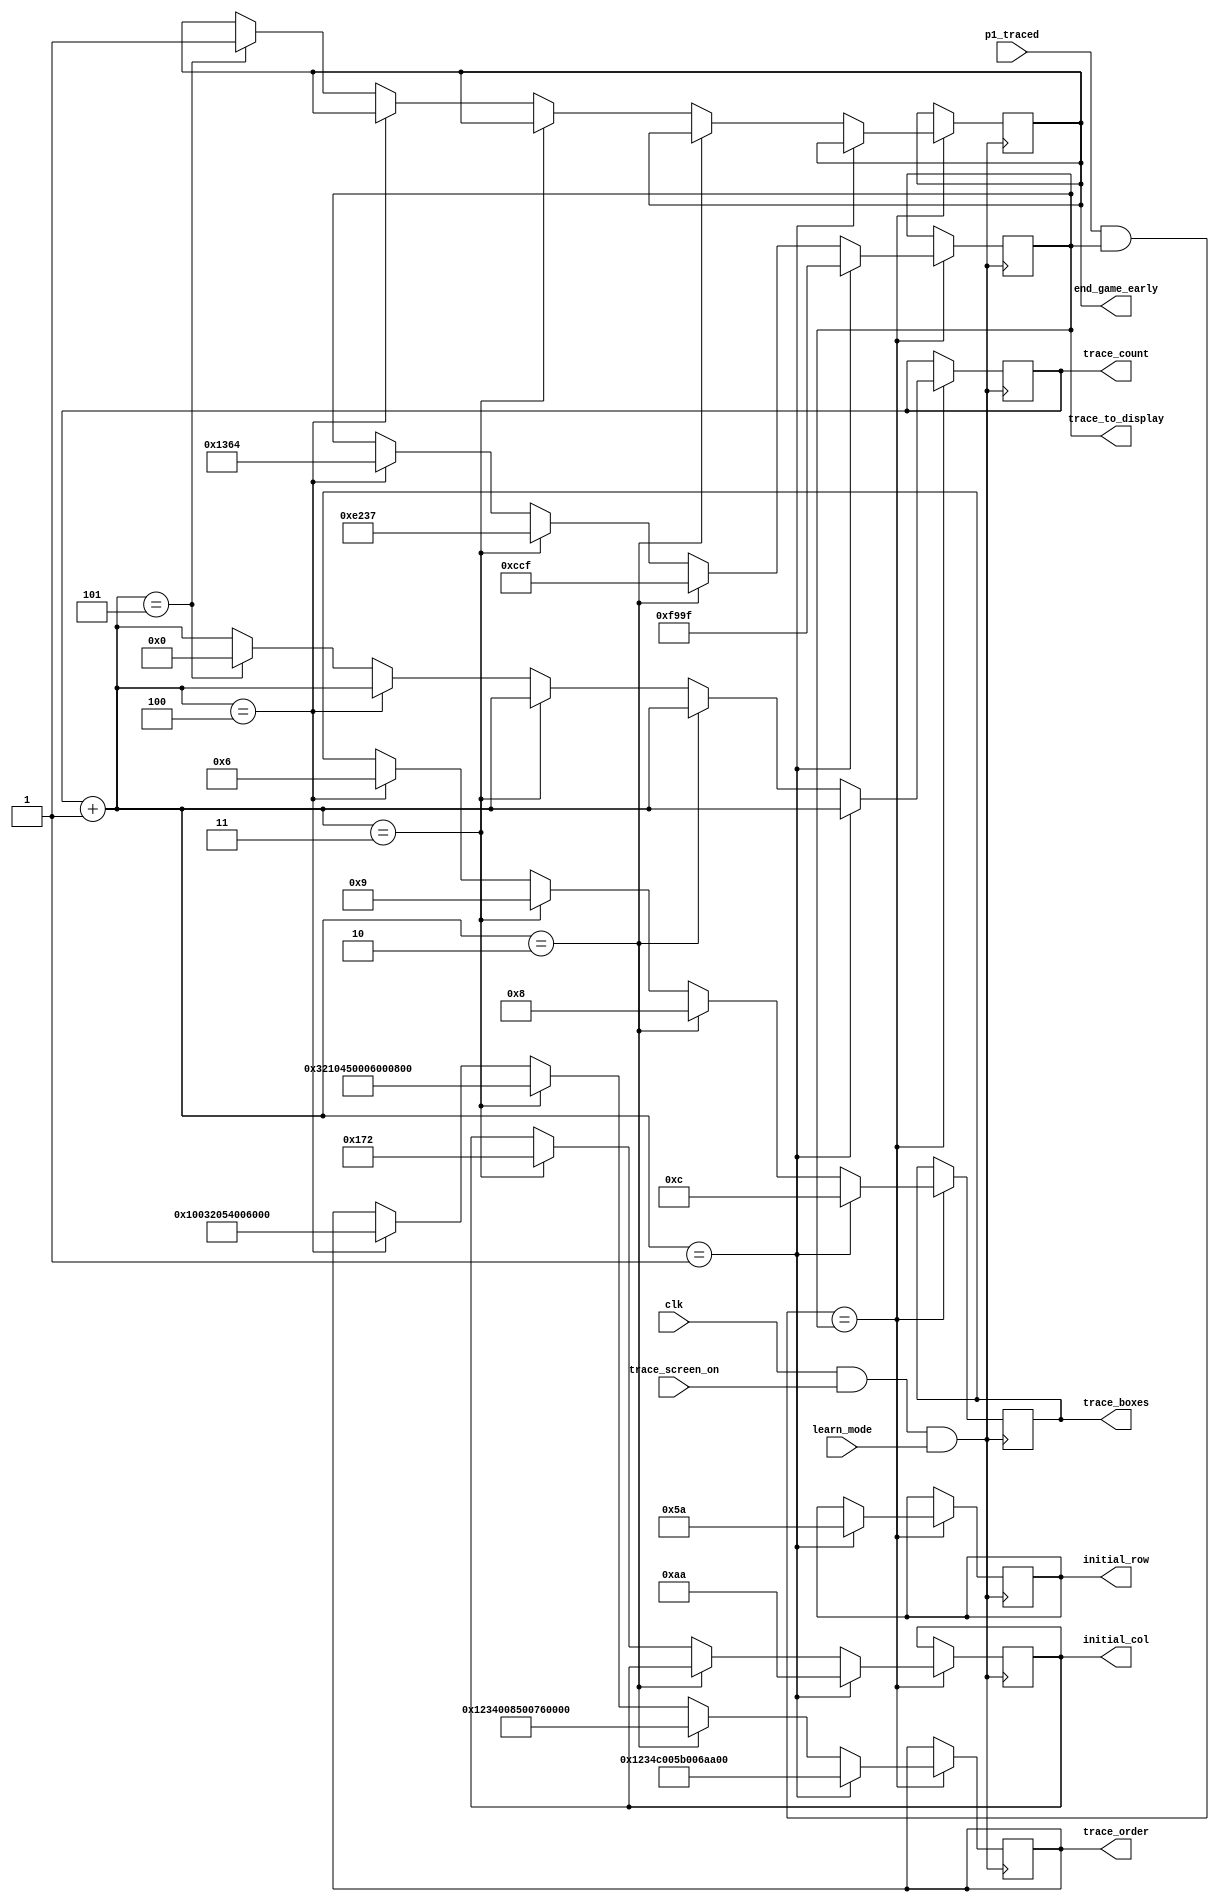
module tutorial_traces(learn_mode, trace_to_display, trace_order, trace_boxes, 
								clk, p1_traced, trace_screen_on, end_game_early, trace_count,
								initial_row, initial_col);
	
	input trace_screen_on, clk, learn_mode;
	input [15:0] p1_traced;
	
	output reg [5:0] trace_count;
	reg [15:0] trace0, trace1, trace2, trace3, trace4;
	
	reg [63:0] trace1_order, trace2_order, trace3_order, trace4_order;
	reg [5:0] trace1_boxes, trace2_boxes, trace3_boxes, trace4_boxes;
	reg [8:0] initial_row1;
	reg [9:0] initial_col1, initial_col3;
	
	output reg [7:0] initial_row;
	output reg [8:0] initial_col;
	output reg [5:0] trace_boxes;
	output reg [63:0] trace_order;
	output reg [15:0] trace_to_display;
	output reg end_game_early;
	
	initial begin
		trace_count <= 0;
		end_game_early <= 0;
		// preset traces
		trace_to_display <= 16'b0000011001100000; // (in excel 2)
		trace1 <= 16'b1111100110011111; // (in excel 1)
		trace2 <= 16'b0000110011001111; // (in excel 3)
		trace3 <= 16'b1110001000110111; // (in excel 5)
		trace4 <= 16'b0001001101100100; // (in excel 9)
		// trace ordering
		trace_order <= 64'b0000000000000000000000010010000000000100001100000000000000000000;
		trace1_order <= 64'b0001001000110100110000000000010110110000000001101010100110000111;
		trace2_order <= 64'b0001001000110100000000001000010100000000011101100000000000000000;
		trace3_order <= 64'b0011001000010000010001010000000000000110000000000000011110001001;
		trace4_order <= 64'b0000000000010000000000110010000001010100000000000110000000000000;
		// trace box numbers
		trace_boxes <= 6'd4;
		trace1_boxes <= 6'd12;
		trace2_boxes <= 6'd8;
		trace3_boxes <= 6'd9;
		trace4_boxes <= 6'd6;
		// inital row/col
		initial_row <= 8'd190;
		initial_row1 <= 8'd90;
		initial_col <= 9'd270;
		initial_col1 <= 9'd170;
		initial_col3 <= 9'd370;
	end
	
	always@(posedge clk & trace_screen_on & learn_mode)
	begin
		// if user trace and trace display are the same, change the trace displayed
		if((p1_traced & trace_to_display)==trace_to_display)
		begin
			trace_count = trace_count + 1;
			if(trace_count == 1)
			begin
				//previous_trace_displayed <= trace_to_display;
				trace_to_display <= trace1;
				trace_order <= trace1_order;
				trace_boxes <= trace1_boxes;
				initial_row <= initial_row1;
				initial_col <= initial_col1;
			end
			else if (trace_count == 2)
			begin
				//previous_trace_displayed <= trace_to_display;
				trace_to_display <= trace2;
				trace_order <= trace2_order;
				trace_boxes <= trace2_boxes;
			end
			else if (trace_count == 3)
			begin
				//previous_trace_displayed <= trace_to_display;
				trace_to_display <= trace3;
				trace_order <= trace3_order;
				trace_boxes <= trace3_boxes;
				initial_col <= initial_col3;
			end
			else if (trace_count == 4)
			begin
				//previous_trace_displayed <= trace_to_display;
				trace_to_display <= trace4;
				trace_order <= trace4_order;
				trace_boxes <= trace4_boxes;
			end
			else if (trace_count == 5)
			begin
				trace_count <= 0;
				end_game_early <= 1;
			end
		end
		
	end

endmodule